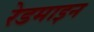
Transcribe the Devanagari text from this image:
रेडमाइन